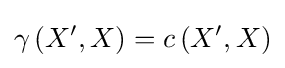
\gamma \left(X',X\right)=c\left(X',X\right)